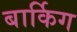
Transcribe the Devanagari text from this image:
बार्किग